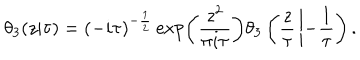
LaTeX: \theta _ { 3 } ( z | \tau ) = ( - i \tau ) ^ { - { \frac { 1 } { 2 } } } \exp \left( { \frac { z ^ { 2 } } { \pi i \tau } } \right) \theta _ { 3 } \left( { \frac { z } { \tau } } \left| - { \frac { 1 } { \tau } } \right. \right) .